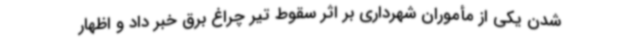
شدن یکی از مأموران شهرداری بر اثر سقوط تیر چراغ برق خبر داد و اظهار